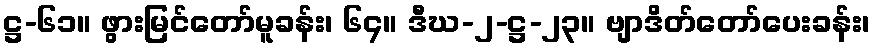
ဋ္ဌ-၆၁။ ဖွားမြင်တော်မူခန်း၊ ၆၄။ ဒီဃ-၂-ဋ္ဌ-၂၃။ ဗျာဒိတ်တော်ပေးခန်း၊